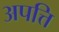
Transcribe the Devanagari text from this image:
अपत्ति